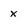
Character: X